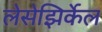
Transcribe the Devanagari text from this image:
लेसेझिर्केल